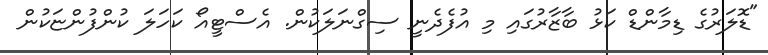
"ޑޮލަރުގެ ޑިމާންޑް ކަޅު ބާޒާރުގައި މި އުފެދެނީ ސިގްނަލަކުން. އެސްޓީއޯ ކަހަލަ ކުންފުންޏަކުން